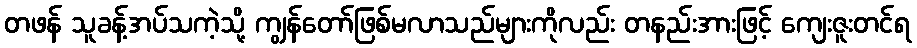
တဖန် သူခန့်အပ်သကဲ့သို့ ကျွန်တော်ဖြစ်မလာသည်များကိုလည်း တနည်းအားဖြင့် ကျေးဇူးတင်ရ